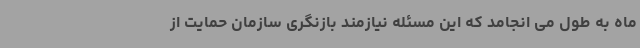
ماه به طول می انجامد که این مسئله نیازمند بازنگری سازمان حمایت از